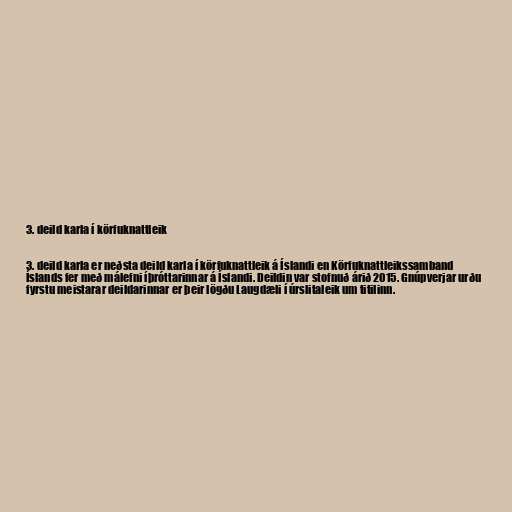
3. deild karla í körfuknattleik

3. deild karla er neðsta deild karla í körfuknattleik á Íslandi en Körfuknattleikssamband
Íslands fer með málefni íþróttarinnar á Íslandi. Deildin var stofnuð árið 2015. Gnúpverjar urðu
fyrstu meistarar deildarinnar er þeir lögðu Laugdæli í úrslitaleik um titilinn.